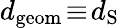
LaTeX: d_{\mathrm{geom}}\! \equiv\! d_{\mathrm{S}}